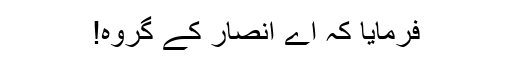
فرمایا کہ اے انصار کے گروہ!